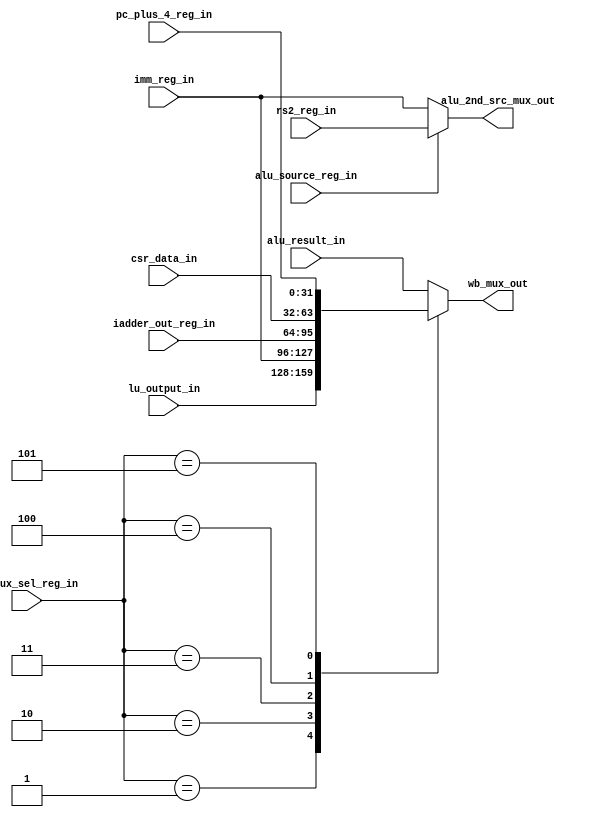

	module msrv32_wb_mux_sel_unit (input alu_source_reg_in,
											 input [2:0]  wb_mux_sel_reg_in,
											 input [31:0] alu_result_in, lu_output_in, imm_reg_in, iadder_out_reg_in, csr_data_in, pc_plus_4_reg_in, rs2_reg_in,
											 
											 output reg [31:0] wb_mux_out, 
											 output [31:0] alu_2nd_src_mux_out);
											 
											 
	
	parameter wb_alu = 3'b000, wb_lu = 3'b001, wb_imm = 3'b010, wb_iadder_out = 3'b011, wb_csr = 3'b100, wb_pc_plus = 3'b101;
	
	assign alu_2nd_src_mux_out = alu_source_reg_in ? rs2_reg_in : imm_reg_in;
	
	always @(*)
	begin
		case(wb_mux_sel_reg_in)
			wb_alu			:	wb_mux_out = alu_result_in;
			wb_lu				:	wb_mux_out = lu_output_in;
			wb_imm			:	wb_mux_out = imm_reg_in;
			wb_iadder_out	:	wb_mux_out = iadder_out_reg_in;
			wb_csr			:	wb_mux_out = csr_data_in;
			wb_pc_plus		:	wb_mux_out = pc_plus_4_reg_in;
			default			:	wb_mux_out = alu_result_in;
		endcase
	end
	
	endmodule